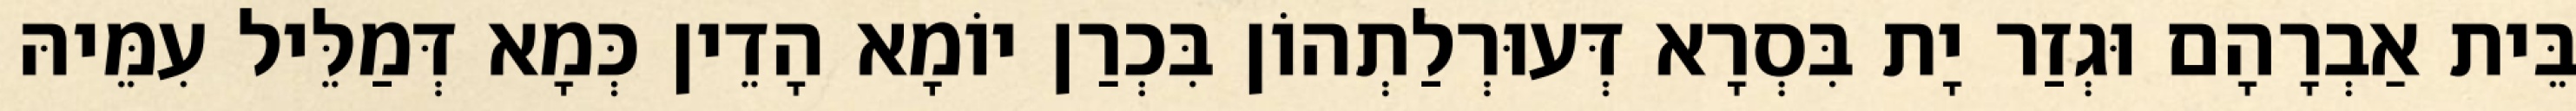
בֵּית אַבְרָהָם וּגְזַר יָת בִּסְרָא דְּעוּרְלַתְהוֹן בִּכְרַן יוֹמָא הָדֵין כְּמָא דְּמַלֵּיל עִמֵּיהּ